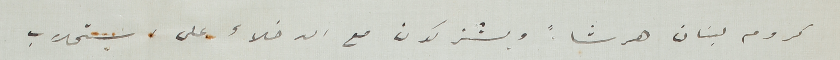
كروم لبنان هرشاً ويشتركون مع الدخلاء على استحلاب